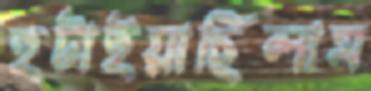
হটাইয়াছিলাম